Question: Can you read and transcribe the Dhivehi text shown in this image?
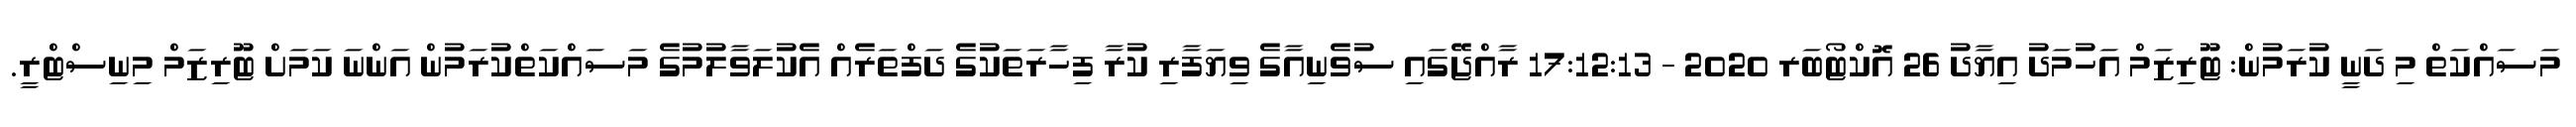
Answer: މަސައްކަތް މި ދަނީ ކުރަމުން: ޓޫރިޒަމް އަހުމަދު އިޔާދު 26 އޮކްޓޯބަރ 2020 - 17:12:13 ރާއްޖޭގައި ސުވެނިއާގެ ވިޔަފާރި ކުރާ ފިހާރަތަކުގެ ދަފްތަރެއް އެކުލަވާލުމުގެ މަސައްކަތްކުރަމުން އަންނަ ކަމަށް ޓޫރިޒަމް މިނިސްޓްރީ.